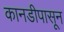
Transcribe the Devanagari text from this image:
कानडीपासून